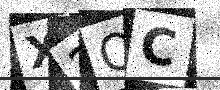
Text: X2QC